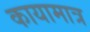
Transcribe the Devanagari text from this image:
कायामात्र